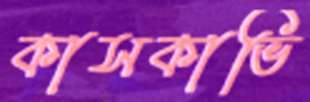
কাসকাভি